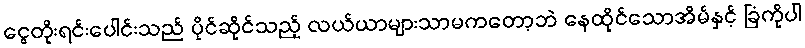
ငွေတိုးရင်းပေါင်းသည် ပိုင်ဆိုင်သည့် လယ်ယာများသာမကတော့ဘဲ နေထိုင်သောအိမ်နှင့် ခြံကိုပါ